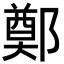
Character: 鄭